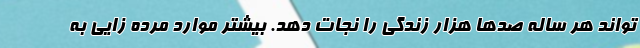
تواند هر ساله صدها هزار زندگی را نجات دهد. بیشتر موارد مرده زایی به